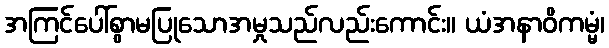
အကြင်ပေါ်စွာမပြုသောအမှုသည်လည်းကောင်း။ ယံအနာဝိကမ္မံ၊